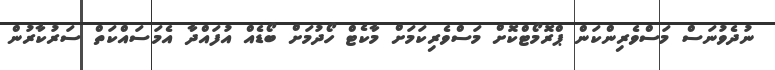
ނުދެވުނަސް މަސްވެރިންކަން ޕްރޮމޯޓްކޮށް މަސްވެރިކަމަށް މާކެޓް ހޯދުމަށް ބޯޑެއް އުފައްދާ އެމަސައްކަތް ސަރުކާރުން